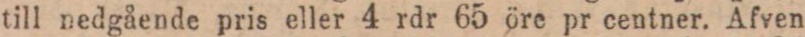
till nedgående pris eller 4 rdr 65 öre pr centner. Äfven